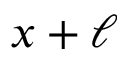
x + \ell